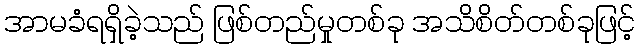
အာမခံရရှိခဲ့သည် ဖြစ်တည်မှုတစ်ခု အသိစိတ်တစ်ခုဖြင့်